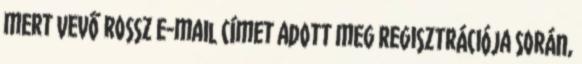
mert Vevő rossz e-mail címet adott meg regisztrációja során,